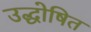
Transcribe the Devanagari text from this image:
उद्धोषित